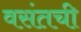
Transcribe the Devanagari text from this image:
वसंतची